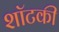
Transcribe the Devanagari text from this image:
शॉटकी